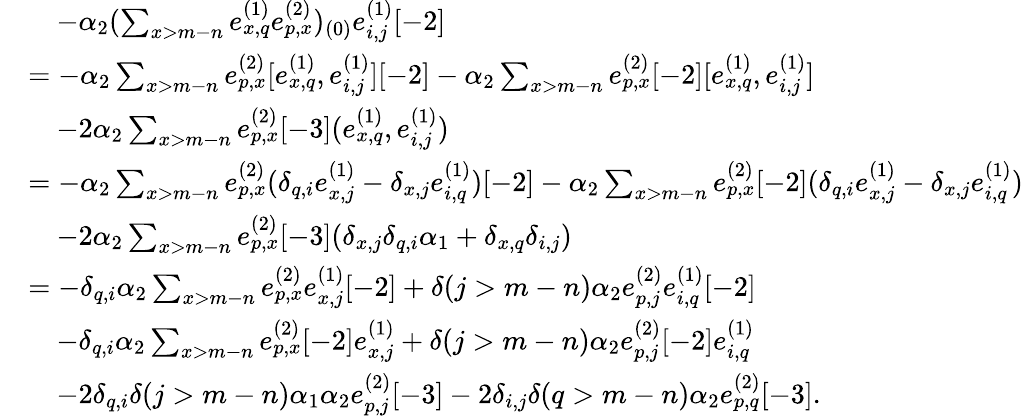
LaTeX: \begin{array}{rl}&{\quad-\alpha_{2}(\sum_{x>m-n}e_{x,q}^{(1)}e_{p,x}^{(2)})_{(0)}e_{i,j}^{(1)}[-2]}\\ &{=-\alpha_{2}\sum_{x>m-n}e_{p,x}^{(2)}[e_{x,q}^{(1)},e_{i,j}^{(1)}][-2]-\alpha_{2}\sum_{x>m-n}e_{p,x}^{(2)}[-2][e_{x,q}^{(1)},e_{i,j}^{(1)}]}\\ &{\quad-2\alpha_{2}\sum_{x>m-n}e_{p,x}^{(2)}[-3](e_{x,q}^{(1)},e_{i,j}^{(1)})}\\ &{=-\alpha_{2}\sum_{x>m-n}e_{p,x}^{(2)}(\delta_{q,i}e_{x,j}^{(1)}-\delta_{x,j}e_{i,q}^{(1)})[-2]-\alpha_{2}\sum_{x>m-n}e_{p,x}^{(2)}[-2](\delta_{q,i}e_{x,j}^{(1)}-\delta_{x,j}e_{i,q}^{(1)})}\\ &{\quad-2\alpha_{2}\sum_{x>m-n}e_{p,x}^{(2)}[-3](\delta_{x,j}\delta_{q,i}\alpha_{1}+\delta_{x,q}\delta_{i,j})}\\ &{=-\delta_{q,i}\alpha_{2}\sum_{x>m-n}e_{p,x}^{(2)}e_{x,j}^{(1)}[-2]+\delta(j>m-n)\alpha_{2}e_{p,j}^{(2)}e_{i,q}^{(1)}[-2]}\\ &{\quad-\delta_{q,i}\alpha_{2}\sum_{x>m-n}e_{p,x}^{(2)}[-2]e_{x,j}^{(1)}+\delta(j>m-n)\alpha_{2}e_{p,j}^{(2)}[-2]e_{i,q}^{(1)}}\\ &{\quad-2\delta_{q,i}\delta(j>m-n)\alpha_{1}\alpha_{2}e_{p,j}^{(2)}[-3]-2\delta_{i,j}\delta(q>m-n)\alpha_{2}e_{p,q}^{(2)}[-3].}\end{array}